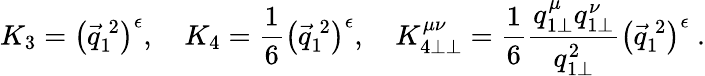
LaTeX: K_{3}=\left(\vec{q}_{1}^{\: 2}\right)^{\epsilon},\ \ \ \ K_{4}=\frac{1}{6}\left(\vec{q}_{1}^{\: 2}\right)^{\epsilon},\ \ \ \ K_{4\perp\perp}^{\mu\nu}=\frac{1}{6}\frac{q_{1\perp}^{\mu}q_{1\perp}^{\nu}}{q_{1\perp}^{2}}\left(\vec{q}_{1}^{\: 2}\right)^{\epsilon}~.